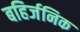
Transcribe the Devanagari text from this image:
बहिर्जनिक